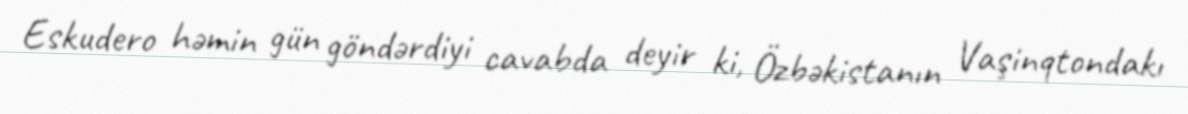
Eskudero həmin gün göndərdiyi cavabda deyir ki, Özbəkistanın Vaşinqtondakı